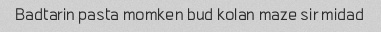
Badtarin pasta momken bud kolan maze sir midad